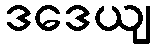
ဒဒေယျ